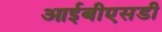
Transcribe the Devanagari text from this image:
आईबीएसडी